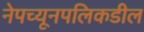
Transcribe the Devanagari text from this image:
नेपच्यूनपलिकडील